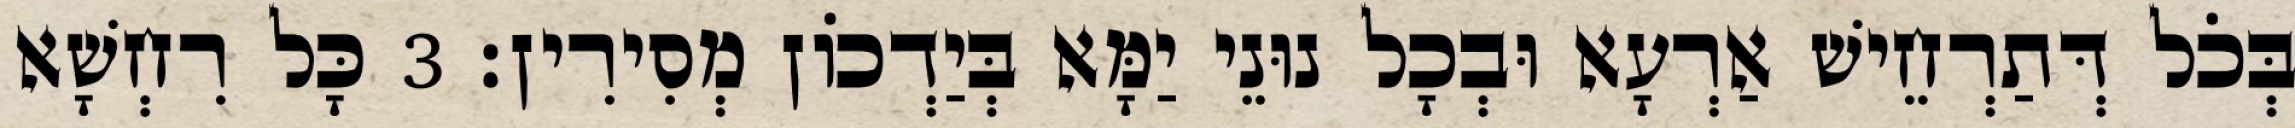
בְּכֹל דְּתַרְחֵישׁ אַרְעָא וּבְכָל נוּנֵי יַמָּא בְּיַדְכוֹן מְסִירִין׃ 3 כָּל רִחְשָׁא